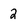
Character: 2